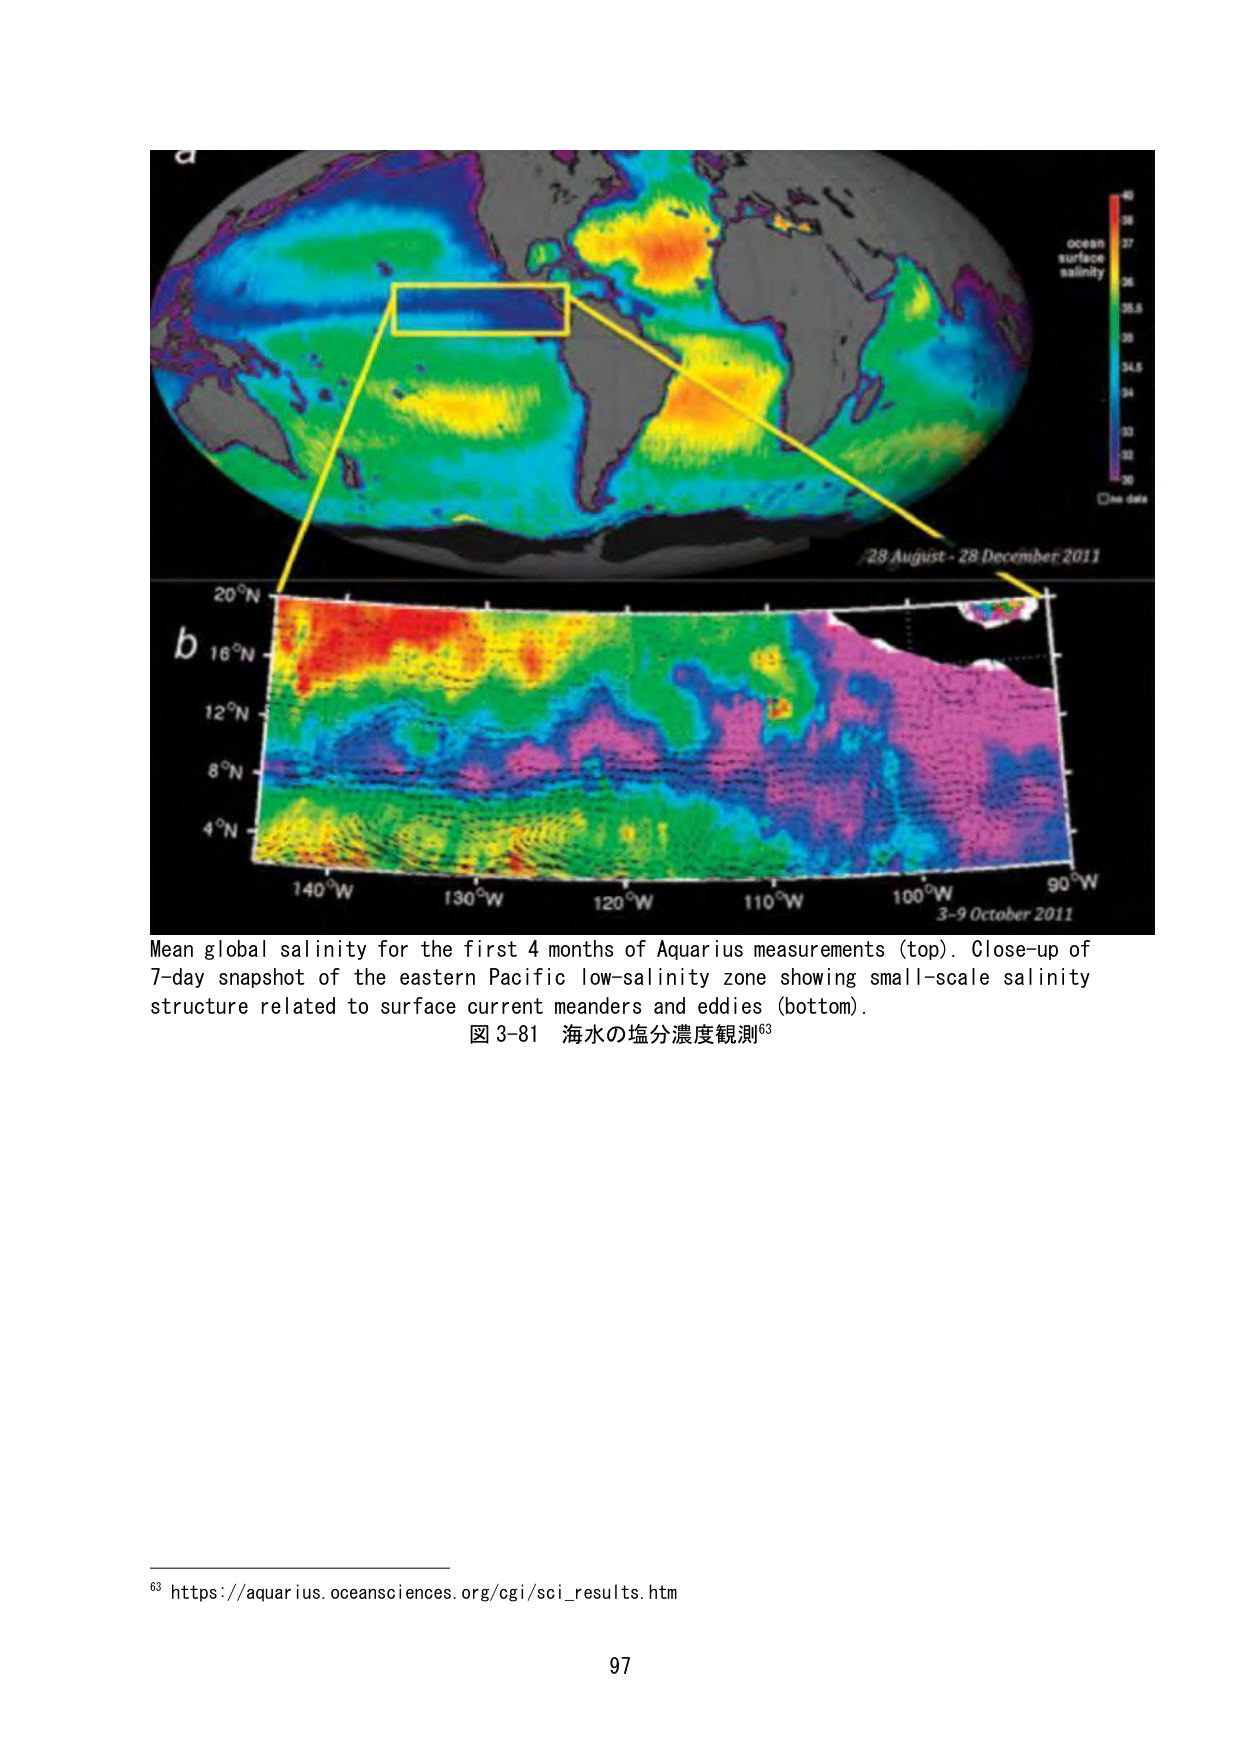
a
ocean
surface
salinity
40
38
37
36
35.5
35
34.5
34
33
32
30
no data
28 August - 28 December 2011
b
20°N
16°N
12°N
8°N
4°N
140°W
130°W
120°W
110°W
100°W
90°W
3-9 October 2011
Mean global salinity for the first 4 months of Aquarius measurements (top). Close-up of
7-day snapshot of the eastern Pacific low-salinity zone showing small-scale salinity
structure related to surface current meanders and eddies (bottom).
図 3-81 海水の塩分濃度観測⁶³
⁶³ https://aquarius.oceansciences.org/cgi/sci_results.htm
97